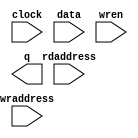
// megafunction wizard: %RAM: 2-PORT%VBB%
// GENERATION: STANDARD
// VERSION: WM1.0
// MODULE: altdpram 

// ============================================================
// Megafunction Name(s):
// 			altdpram
//
// Simulation Library Files(s):
// 			altera_mf
// ============================================================
// ************************************************************
// THIS IS A WIZARD-GENERATED FILE. DO NOT EDIT THIS FILE!
//
// 19.1.0 Build 670 09/22/2019 SJ Lite Edition
// ************************************************************

//Copyright (C) 2019  Intel Corporation. All rights reserved.
//Your use of Intel Corporation's design tools, logic functions 
//and other software and tools, and any partner logic 
//functions, and any output files from any of the foregoing 
//(including device programming or simulation files), and any 
//associated documentation or information are expressly subject 
//to the terms and conditions of the Intel Program License 
//Subscription Agreement, the Intel Quartus Prime License Agreement,
//the Intel FPGA IP License Agreement, or other applicable license
//agreement, including, without limitation, that your use is for
//the sole purpose of programming logic devices manufactured by
//Intel and sold by Intel or its authorized distributors.  Please
//refer to the applicable agreement for further details, at
//https://fpgasoftware.intel.com/eula.

module RAM32x1 (
	clock,
	data,
	rdaddress,
	wraddress,
	wren,
	q);

	input	  clock;
	input	[0:0]  data;
	input	[4:0]  rdaddress;
	input	[4:0]  wraddress;
	input	  wren;
	output	[0:0]  q;
`ifndef ALTERA_RESERVED_QIS
// synopsys translate_off
`endif
	tri0	  wren;
`ifndef ALTERA_RESERVED_QIS
// synopsys translate_on
`endif

endmodule

// ============================================================
// CNX file retrieval info
// ============================================================
// Retrieval info: PRIVATE: ADDRESSSTALL_A NUMERIC "0"
// Retrieval info: PRIVATE: ADDRESSSTALL_B NUMERIC "0"
// Retrieval info: PRIVATE: BYTEENA_ACLR_A NUMERIC "0"
// Retrieval info: PRIVATE: BYTEENA_ACLR_B NUMERIC "0"
// Retrieval info: PRIVATE: BYTE_ENABLE_A NUMERIC "0"
// Retrieval info: PRIVATE: BYTE_ENABLE_B NUMERIC "0"
// Retrieval info: PRIVATE: BYTE_SIZE NUMERIC "1"
// Retrieval info: PRIVATE: BlankMemory NUMERIC "1"
// Retrieval info: PRIVATE: CLOCK_ENABLE_INPUT_A NUMERIC "0"
// Retrieval info: PRIVATE: CLOCK_ENABLE_INPUT_B NUMERIC "0"
// Retrieval info: PRIVATE: CLOCK_ENABLE_OUTPUT_A NUMERIC "0"
// Retrieval info: PRIVATE: CLOCK_ENABLE_OUTPUT_B NUMERIC "0"
// Retrieval info: PRIVATE: CLRdata NUMERIC "0"
// Retrieval info: PRIVATE: CLRq NUMERIC "0"
// Retrieval info: PRIVATE: CLRrdaddress NUMERIC "0"
// Retrieval info: PRIVATE: CLRrren NUMERIC "0"
// Retrieval info: PRIVATE: CLRwraddress NUMERIC "0"
// Retrieval info: PRIVATE: CLRwren NUMERIC "0"
// Retrieval info: PRIVATE: Clock NUMERIC "0"
// Retrieval info: PRIVATE: Clock_A NUMERIC "0"
// Retrieval info: PRIVATE: Clock_B NUMERIC "0"
// Retrieval info: PRIVATE: IMPLEMENT_IN_LES NUMERIC "0"
// Retrieval info: PRIVATE: INDATA_ACLR_B NUMERIC "0"
// Retrieval info: PRIVATE: INDATA_REG_B NUMERIC "1"
// Retrieval info: PRIVATE: INIT_FILE_LAYOUT STRING "PORT_B"
// Retrieval info: PRIVATE: INIT_TO_SIM_X NUMERIC "0"
// Retrieval info: PRIVATE: INTENDED_DEVICE_FAMILY STRING "MAX V"
// Retrieval info: PRIVATE: JTAG_ENABLED NUMERIC "0"
// Retrieval info: PRIVATE: JTAG_ID STRING "NONE"
// Retrieval info: PRIVATE: MAXIMUM_DEPTH NUMERIC "0"
// Retrieval info: PRIVATE: MEMSIZE NUMERIC "32"
// Retrieval info: PRIVATE: MEM_IN_BITS NUMERIC "1"
// Retrieval info: PRIVATE: MIFfilename STRING ""
// Retrieval info: PRIVATE: OPERATION_MODE NUMERIC "2"
// Retrieval info: PRIVATE: OUTDATA_ACLR_B NUMERIC "0"
// Retrieval info: PRIVATE: OUTDATA_REG_B NUMERIC "1"
// Retrieval info: PRIVATE: RAM_BLOCK_TYPE NUMERIC "0"
// Retrieval info: PRIVATE: READ_DURING_WRITE_MODE_MIXED_PORTS NUMERIC "0"
// Retrieval info: PRIVATE: READ_DURING_WRITE_MODE_PORT_A NUMERIC "3"
// Retrieval info: PRIVATE: READ_DURING_WRITE_MODE_PORT_B NUMERIC "3"
// Retrieval info: PRIVATE: REGdata NUMERIC "1"
// Retrieval info: PRIVATE: REGq NUMERIC "0"
// Retrieval info: PRIVATE: REGrdaddress NUMERIC "1"
// Retrieval info: PRIVATE: REGrren NUMERIC "1"
// Retrieval info: PRIVATE: REGwraddress NUMERIC "1"
// Retrieval info: PRIVATE: REGwren NUMERIC "1"
// Retrieval info: PRIVATE: SYNTH_WRAPPER_GEN_POSTFIX STRING "0"
// Retrieval info: PRIVATE: USE_DIFF_CLKEN NUMERIC "0"
// Retrieval info: PRIVATE: UseDPRAM NUMERIC "1"
// Retrieval info: PRIVATE: VarWidth NUMERIC "0"
// Retrieval info: PRIVATE: WIDTH_READ_A NUMERIC "1"
// Retrieval info: PRIVATE: WIDTH_READ_B NUMERIC "1"
// Retrieval info: PRIVATE: WIDTH_WRITE_A NUMERIC "1"
// Retrieval info: PRIVATE: WIDTH_WRITE_B NUMERIC "1"
// Retrieval info: PRIVATE: WRADDR_ACLR_B NUMERIC "0"
// Retrieval info: PRIVATE: WRADDR_REG_B NUMERIC "1"
// Retrieval info: PRIVATE: WRCTRL_ACLR_B NUMERIC "0"
// Retrieval info: PRIVATE: enable NUMERIC "0"
// Retrieval info: PRIVATE: rden NUMERIC "0"
// Retrieval info: LIBRARY: altera_mf altera_mf.altera_mf_components.all
// Retrieval info: CONSTANT: INDATA_ACLR STRING "OFF"
// Retrieval info: CONSTANT: INDATA_REG STRING "INCLOCK"
// Retrieval info: CONSTANT: INTENDED_DEVICE_FAMILY STRING "MAX V"
// Retrieval info: CONSTANT: LPM_TYPE STRING "altdpram"
// Retrieval info: CONSTANT: OUTDATA_ACLR STRING "OFF"
// Retrieval info: CONSTANT: OUTDATA_REG STRING "UNREGISTERED"
// Retrieval info: CONSTANT: RDADDRESS_ACLR STRING "OFF"
// Retrieval info: CONSTANT: RDADDRESS_REG STRING "INCLOCK"
// Retrieval info: CONSTANT: RDCONTROL_ACLR STRING "OFF"
// Retrieval info: CONSTANT: RDCONTROL_REG STRING "UNREGISTERED"
// Retrieval info: CONSTANT: USE_EAB STRING "OFF"
// Retrieval info: CONSTANT: WIDTH NUMERIC "1"
// Retrieval info: CONSTANT: WIDTHAD NUMERIC "5"
// Retrieval info: CONSTANT: WRADDRESS_ACLR STRING "OFF"
// Retrieval info: CONSTANT: WRADDRESS_REG STRING "INCLOCK"
// Retrieval info: CONSTANT: WRCONTROL_ACLR STRING "OFF"
// Retrieval info: CONSTANT: WRCONTROL_REG STRING "INCLOCK"
// Retrieval info: USED_PORT: clock 0 0 0 0 INPUT NODEFVAL "clock"
// Retrieval info: USED_PORT: data 0 0 1 0 INPUT NODEFVAL "data[0..0]"
// Retrieval info: USED_PORT: q 0 0 1 0 OUTPUT NODEFVAL "q[0..0]"
// Retrieval info: USED_PORT: rdaddress 0 0 5 0 INPUT NODEFVAL "rdaddress[4..0]"
// Retrieval info: USED_PORT: wraddress 0 0 5 0 INPUT NODEFVAL "wraddress[4..0]"
// Retrieval info: USED_PORT: wren 0 0 0 0 INPUT GND "wren"
// Retrieval info: CONNECT: @data 0 0 1 0 data 0 0 1 0
// Retrieval info: CONNECT: @inclock 0 0 0 0 clock 0 0 0 0
// Retrieval info: CONNECT: @rdaddress 0 0 5 0 rdaddress 0 0 5 0
// Retrieval info: CONNECT: @wraddress 0 0 5 0 wraddress 0 0 5 0
// Retrieval info: CONNECT: @wren 0 0 0 0 wren 0 0 0 0
// Retrieval info: CONNECT: q 0 0 1 0 @q 0 0 1 0
// Retrieval info: GEN_FILE: TYPE_NORMAL RAM32x1.v TRUE
// Retrieval info: GEN_FILE: TYPE_NORMAL RAM32x1.inc FALSE
// Retrieval info: GEN_FILE: TYPE_NORMAL RAM32x1.cmp FALSE
// Retrieval info: GEN_FILE: TYPE_NORMAL RAM32x1.bsf FALSE
// Retrieval info: GEN_FILE: TYPE_NORMAL RAM32x1_inst.v FALSE
// Retrieval info: GEN_FILE: TYPE_NORMAL RAM32x1_bb.v TRUE
// Retrieval info: LIB_FILE: altera_mf